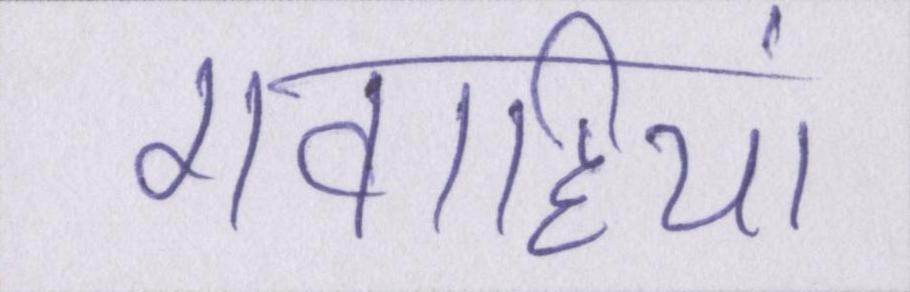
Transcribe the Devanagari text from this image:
गवाहियां